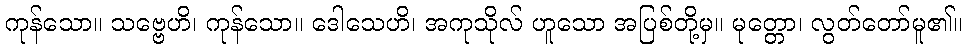
ကုန်သော။ သဗ္ဗေဟိ၊ ကုန်သော။ ဒေါသေဟိ၊ အကုသိုလ် ဟူသော အပြစ်တို့မှ။ မုတ္တော၊ လွတ်တော်မူ၏။